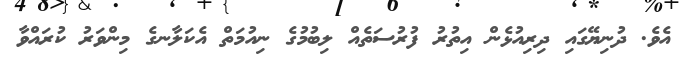
އެވެ. ދުނިޔޭގައި ދިރިއުޅެން އިތުރު ފުރުސަތެއް ލިބުމުގެ ނިއުމަތް އެކަލާނގެ މިންވަރު ކުރައްވާ